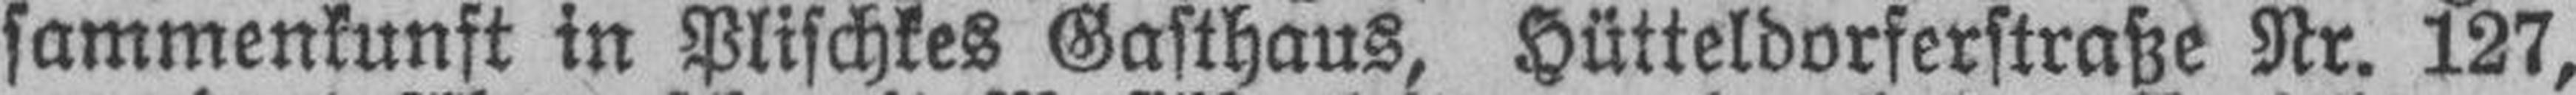
sammenkunft in Plischkes Gasthaus, Hütteldorferstraße Nr. 127,